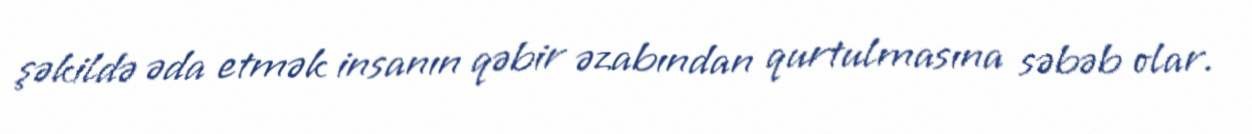
şəkildə əda etmək insanın qəbir əzabından qurtulmasına səbəb olar.